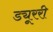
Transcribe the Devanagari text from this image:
ड्यूररी